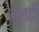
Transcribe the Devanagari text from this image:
मैलही